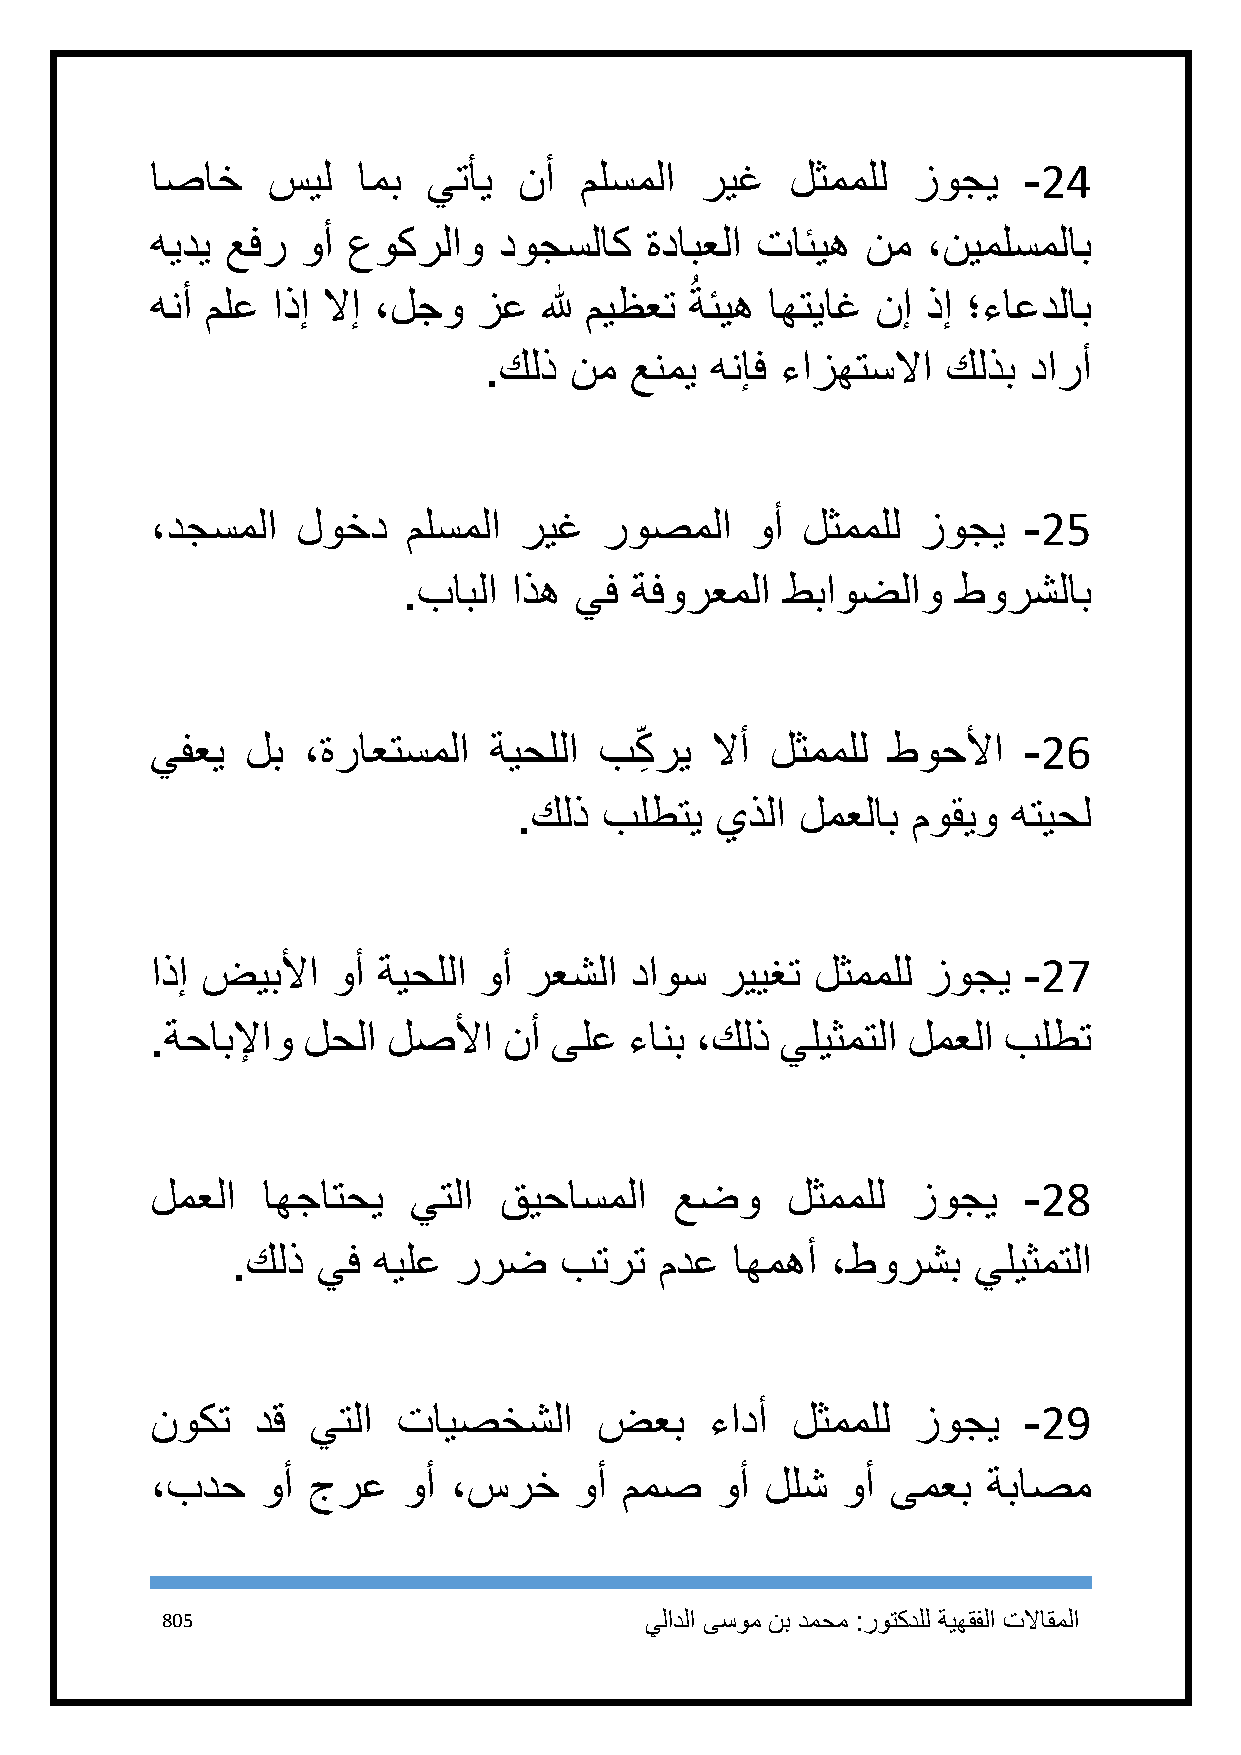
اصاخ    سيل   امب يتأي  نأ  ملسملا  ريغ   لثمملل  زوجي    -24
 هيدي عفر  وأ عوكرلاو   دوجسلاك   ةدابعلا تائيه نم  ،نيملسملاب
 ُ
 هنأ ملع اذإ لاإ ،لجو  زع  لله ميظعت ةئيه اهتياغ نإ ذإ ؛ءاعدلاب
 .كلذ  نم  عنمي هنإف ءازهتسلاا  كلذب دارأ
 ،دجسملا   لوخد   ملسملا ريغ   روصملا    وأ لثمملل  زوجي   -25
 .بابلا اذه يف  ةفورعملا  طباوضلاو   طورشلاب
 يفعي  لب  ،ةراعتسملا  ةيحللا  بك ِ ري لاأ لثمملل طوحلأا   -26
 .كلذ  بلطتي  يذلا  لمعلاب موقيو  هتيحل
 اذإ ضيبلأا  وأ ةيحللا وأ رعشلا  داوس  رييغت لثمملل زوجي   -27
 .ةحابلإاو لحلا  لصلأا  نأ ىلع   ءانب ،كلذ يليثمتلا لمعلا بلطت
 لمعلا  اهجاتحي   يتلا  قيحاسملا    عضو    لثمملل  زوجي    -28
 .كلذ  يف  هيلع ررض    بترت   مدع اهمهأ  ،طورشب   يليثمتلا
 نوكت   دق يتلا  تايصخشلا      ضعب    ءادأ لثمملل   زوجي   -29
 ،بدح   وأ جرع    وأ ،سرخ    وأ ممص   وأ  للش  وأ ىمعب  ةباصم
 815                             يلادلا ىسوم نب دمحم :روتكدلل ةيهقفلا تلااقملا